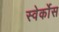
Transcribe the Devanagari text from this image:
स्वेर्कोस